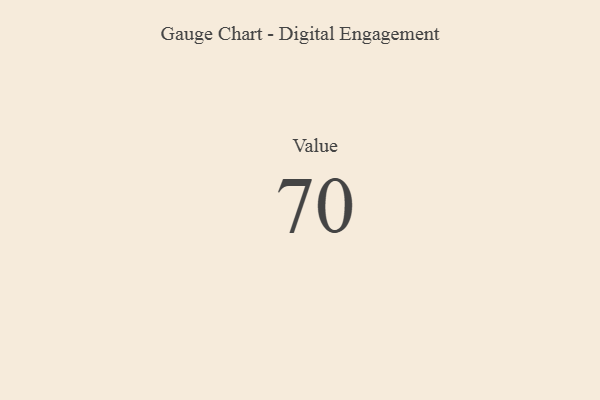
{"axis": {"x": "Metric", "y": "Value"}, "legend": [""], "data": [{"x": "Value", "y": 70, "type": ""}]}